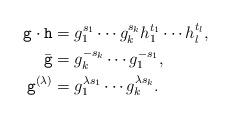
LaTeX: \begin{align*}\mathtt{g}\cdot\mathtt{h}&=g_1^{s_1}\cdots g_k^{s_k}h_1^{t_1}\cdots h_l^{t_l},\\\bar{\mathtt{g}}&=g_k^{-s_k}\cdots g_1^{-s_1},\\\mathtt{g}^{(\lambda)}&=g_1^{\lambda s_1}\cdots g_k^{\lambda s_k}.\\\end{align*}